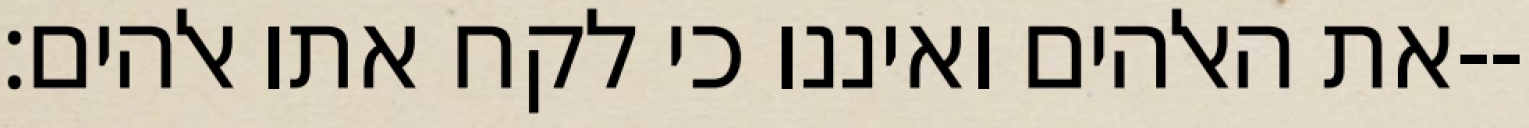
את האלהים ואיננו כי לקח אתו אלהים׃--